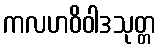
ကလဟဝိဝါဒသုတ္တ